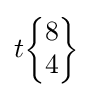
t{\begin{Bmatrix}8\\4\end{Bmatrix}}